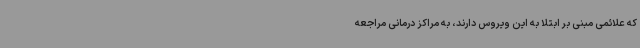
که علائمی مبنی بر ابتلا به این ویروس دارند، به مراکز درمانی مراجعه